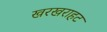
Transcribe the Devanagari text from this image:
खरखराहट